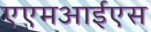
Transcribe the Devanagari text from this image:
एएमआईएस